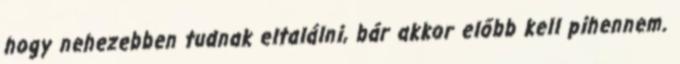
hogy nehezebben tudnak eltalálni, bár akkor előbb kell pihennem.